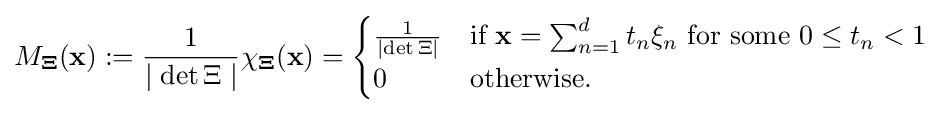
M_{\mathbf {\Xi } }(\mathbf {x} ):={\frac {1}{\mid {\det {\Xi }}\mid }}\chi _{\mathbf {\Xi } }(\mathbf {x} )={\begin{cases}{\frac {1}{\mid {\det {\Xi }}\mid }}&{\text{if }}\mathbf {x} =\sum _{n=1}^{d}{t_{n}\xi _{n}}{\text{ for some }}0\leq t_{n}<1\\0&{\text{otherwise}}.\end{cases}}